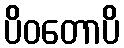
ပိဝတောပိ